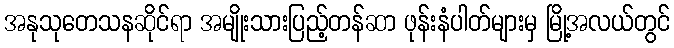
အနုသုတေသနဆိုင်ရာ အမျိုးသားပြည့်တန်ဆာ ဖုန်းနံပါတ်များမှ မြို့အလယ်တွင်